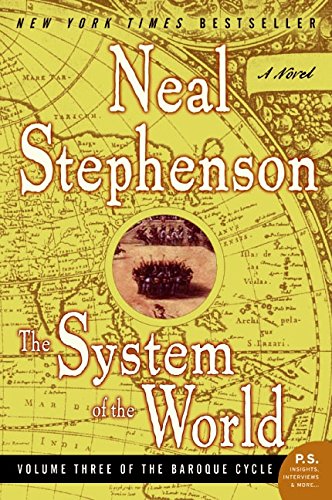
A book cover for The System of the World (The Baroque Cycle, Vol. 3); Neal Stephenson; Literature & Fiction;